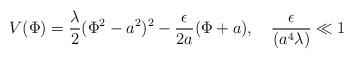
LaTeX: \begin{align*}V(\Phi) = \frac{\lambda}{2} (\Phi^2 - a^2)^2 - \frac{\epsilon}{2a}(\Phi + a),\quad\frac{\epsilon}{(a^4\lambda)}\ll 1 \quad \;\end{align*}